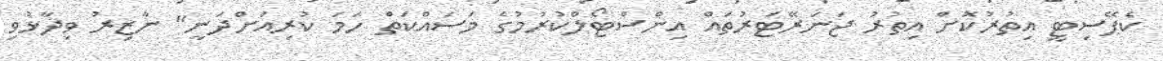
ކެޕޭސިޓީ އިތުރުކޮށް އިތުރު ޖަނަރޭޓަރުތައް އިންސްޓޯލްކުރުމުގެ މަސައްކަތް ހަމަ ކުރިއަށްދަނީ" ނާޒިރު ވިދާޅުވި